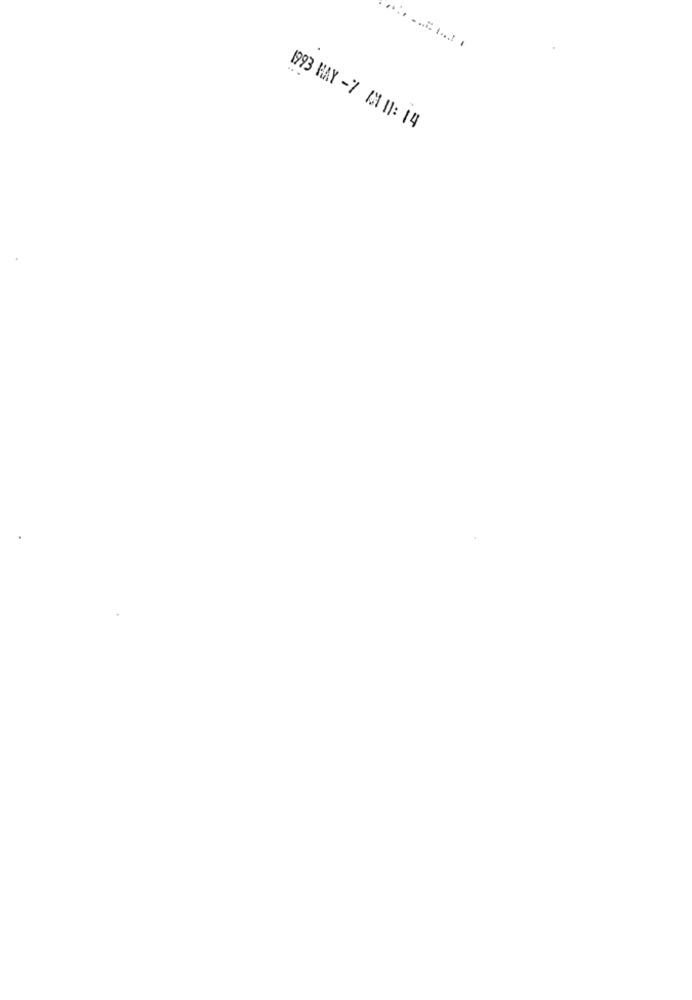
1993 HAY -7 0X 11: 14